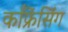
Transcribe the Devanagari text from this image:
काँफ्रेंसिंग